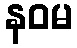
နဝမ